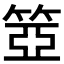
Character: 𥮳